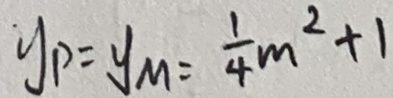
y _ { p } = y _ { M } = \frac { 1 } { 4 } m ^ { 2 } + 1